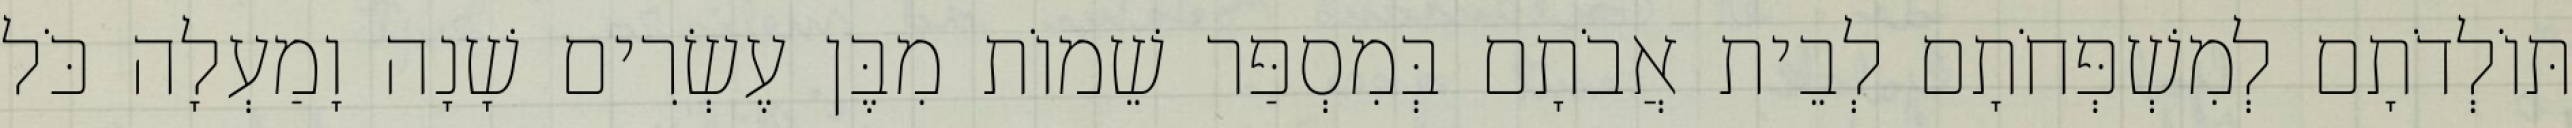
תּוֹלְדֹתָם לְמִשְׁפְּחֹתָם לְבֵית אֲבֹתָם בְּמִסְפַּר שֵׁמוֹת מִבֶּן עֶשְׂרִים שָׁנָה וָמַעְלָה כֹּל